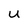
Character: U